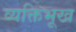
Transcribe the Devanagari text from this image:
व्यक्तिभूख